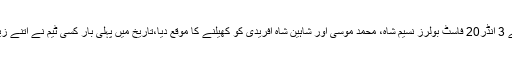
گرین کیپس نے ایک منفرد تجربہ کرتے ہوئے 3 انڈر20 فاسٹ بولرز نسیم شاہ، محمد موسیٰ اور شاہین شاہ آفریدی کو کھیلنے کا موقع دیا،تاریخ میں پہلی بار کسی ٹیم نے اتنے زیادہ کم عمر بولرز کے ساتھ سیریز کھیلی ہے۔